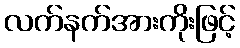
လက်နက်အားကိုးဖြင့်